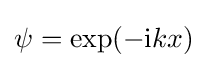
\psi =\exp(-\mathrm {i} kx)